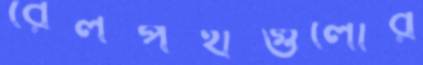
রেলপথগুলোর